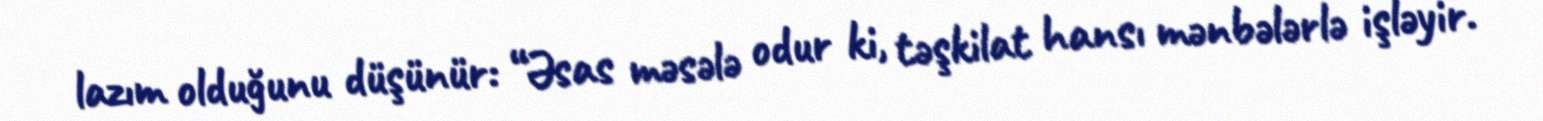
lazım olduğunu düşünür: “Əsas məsələ odur ki, təşkilat hansı mənbələrlə işləyir.